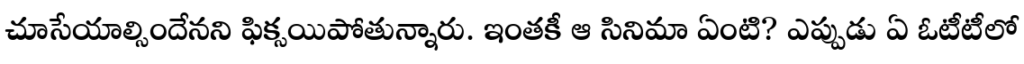
చూసేయాల్సిందేనని ఫిక్సయిపోతున్నారు. ఇంతకీ ఆ సినిమా ఏంటి? ఎప్పుడు ఏ ఓటీటీలో